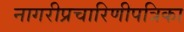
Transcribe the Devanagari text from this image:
नागरीप्रचारिणीपत्रिका